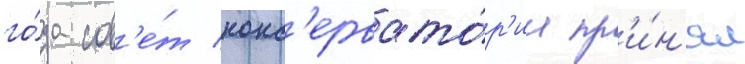
го́да сов'е́т конс'ервато́р'ии пр'и́н'ял